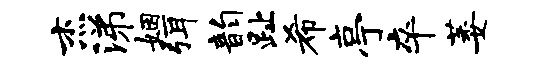
杰涕姻弭韵趾希亭卒萎